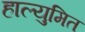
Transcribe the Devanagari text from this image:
हाल्युमित